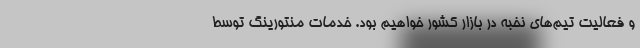
و فعالیت تیم‌های نخبه در بازار کشور خواهیم بود. خدمات منتورینگ توسط